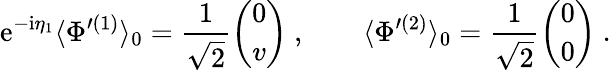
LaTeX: {\mathrm{e}}^{-{\mathrm{i}}{\eta}_{1}}\langle{\Phi}^{\prime(1)}\rangle_{0}=\frac{1}{\sqrt{2}}{\binom{0}{v}}\ ,\qquad\langle{\Phi}^{\prime(2)}\rangle_{0}=\frac{1}{\sqrt{2}}{\binom{0}{0}}\ .